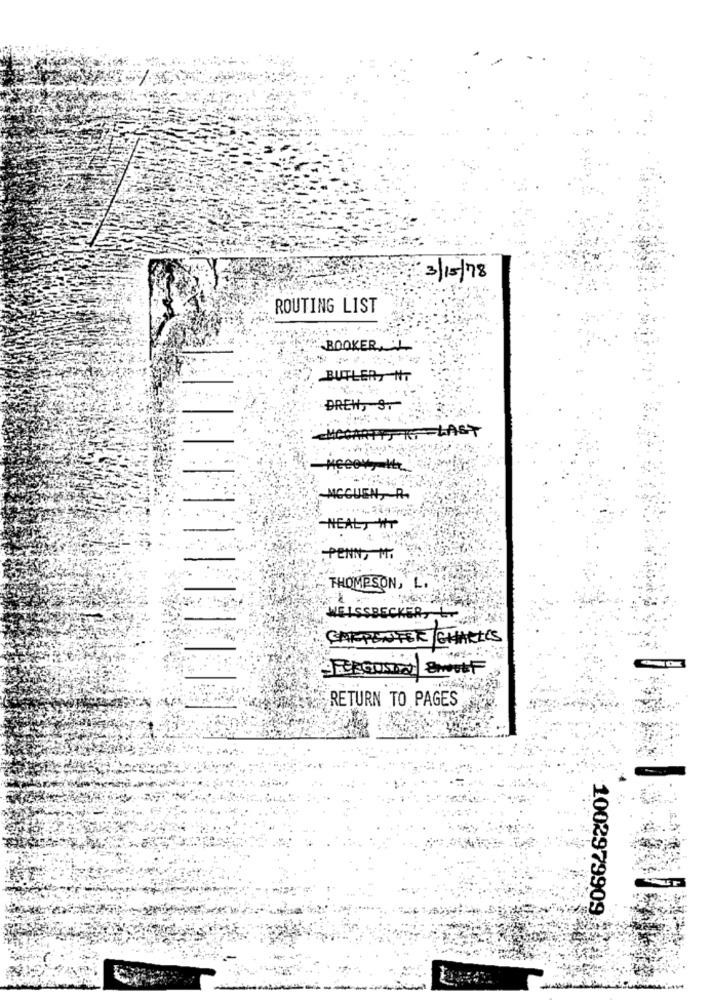
3/15/78
ROUTING LIST
BUTLER, NT
DREH, S.
ARTISK - LAST
MCCARTY
ACCUEN, R.
NEAL, HT
.PENN, M.
THOMPSON, L.
WEISSBECKER,
CARPENTER CHARLES
RETURN TO PAGES
1002979909